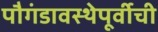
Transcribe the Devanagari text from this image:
पौगंडावस्थेपूर्वीची